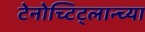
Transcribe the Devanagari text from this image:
टेनोच्टिट्लान्च्या